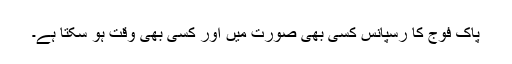
پاک فوج کا رسپانس کسی بھی صورت میں اور کسی بھی وقت ہو سکتا ہے۔